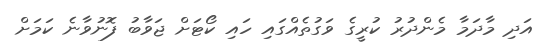
އަދި މާދަމާ މެންދުރު ކުރީގެ ވަގުތެއްގައި ހައި ކޯޓަށް ޖަވާބު ފޮނުވާނެ ކަމަށް